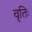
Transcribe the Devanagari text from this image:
वृतिः